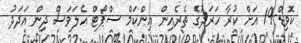
ކޮވިޑް-19 އަށް ކުރާ ހަރަދުގެ ތެރެއިން އިންކަމް ސްޕޯޓް އެލަވަސް ދިން އަދަދު